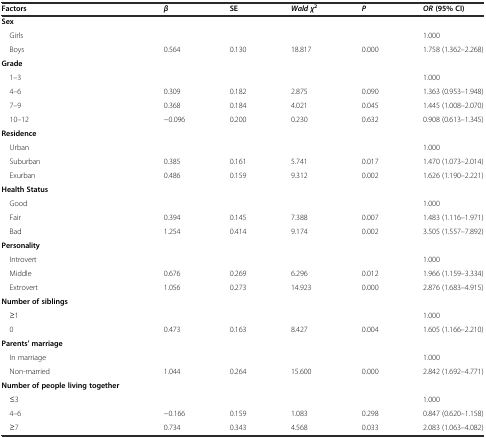
<table><thead><tr><td><b>Factors</b></td><td><b><i>β</i></b></td><td><b>SE</b></td><td><b><i>Wald χ</i><sup>2</sup></b></td><td><b><i>P</i></b></td><td><b><i>OR</i>(95% CI)</b></td></tr></thead><tbody><tr><td><b>Sex</b></td><td></td><td></td><td></td><td></td><td></td></tr><tr><td> Girls</td><td></td><td></td><td></td><td></td><td>1.000</td></tr><tr><td> Boys</td><td>0.564</td><td>0.130</td><td>18.817</td><td>0.000</td><td>1.758 (1.362–2.268)</td></tr><tr><td><b>Grade</b></td><td></td><td></td><td></td><td></td><td></td></tr><tr><td> 1–3</td><td></td><td></td><td></td><td></td><td>1.000</td></tr><tr><td> 4–6</td><td>0.309</td><td>0.182</td><td>2.875</td><td>0.090</td><td>1.363 (0.953–1.948)</td></tr><tr><td> 7–9</td><td>0.368</td><td>0.184</td><td>4.021</td><td>0.045</td><td>1.445 (1.008–2.070)</td></tr><tr><td> 10–12</td><td>−0.096</td><td>0.200</td><td>0.230</td><td>0.632</td><td>0.908 (0.613–1.345)</td></tr><tr><td><b>Residence</b></td><td></td><td></td><td></td><td></td><td></td></tr><tr><td> Urban</td><td></td><td></td><td></td><td></td><td>1.000</td></tr><tr><td> Suburban</td><td>0.385</td><td>0.161</td><td>5.741</td><td>0.017</td><td>1.470 (1.073–2.014)</td></tr><tr><td> Exurban</td><td>0.486</td><td>0.159</td><td>9.312</td><td>0.002</td><td>1.626 (1.190–2.221)</td></tr><tr><td><b>Health Status</b></td><td></td><td></td><td></td><td></td><td></td></tr><tr><td> Good</td><td></td><td></td><td></td><td></td><td>1.000</td></tr><tr><td> Fair</td><td>0.394</td><td>0.145</td><td>7.388</td><td>0.007</td><td>1.483 (1.116–1.971)</td></tr><tr><td> Bad</td><td>1.254</td><td>0.414</td><td>9.174</td><td>0.002</td><td>3.505 (1.557–7.892)</td></tr><tr><td><b>Personality</b></td><td></td><td></td><td></td><td></td><td></td></tr><tr><td> Introvert</td><td></td><td></td><td></td><td></td><td>1.000</td></tr><tr><td> Middle</td><td>0.676</td><td>0.269</td><td>6.296</td><td>0.012</td><td>1.966 (1.159–3.334)</td></tr><tr><td> Extrovert</td><td>1.056</td><td>0.273</td><td>14.923</td><td>0.000</td><td>2.876 (1.683–4.915)</td></tr><tr><td><b>Number of siblings</b></td><td></td><td></td><td></td><td></td><td></td></tr><tr><td> ≥1</td><td></td><td></td><td></td><td></td><td>1.000</td></tr><tr><td> 0</td><td>0.473</td><td>0.163</td><td>8.427</td><td>0.004</td><td>1.605 (1.166–2.210)</td></tr><tr><td><b>Parents’ marriage</b></td><td></td><td></td><td></td><td></td><td></td></tr><tr><td> In marriage</td><td></td><td></td><td></td><td></td><td>1.000</td></tr><tr><td> Non-married</td><td>1.044</td><td>0.264</td><td>15.600</td><td>0.000</td><td>2.842 (1.692–4.771)</td></tr><tr><td><b>Number of people living together</b></td><td></td><td></td><td></td><td></td><td></td></tr><tr><td> ≤3</td><td></td><td></td><td></td><td></td><td>1.000</td></tr><tr><td> 4–6</td><td>−0.166</td><td>0.159</td><td>1.083</td><td>0.298</td><td>0.847 (0.620–1.158)</td></tr><tr><td> ≥7</td><td>0.734</td><td>0.343</td><td>4.568</td><td>0.033</td><td>2.083 (1.063–4.082)</td></tr></tbody></table>